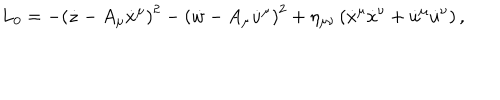
L _ { 0 } = - \left( \dot { z } - A _ { \mu } \dot { x } ^ { \mu } \right) ^ { 2 } - \left( \dot { w } - A _ { \mu } \dot { u } ^ { \mu } \right) ^ { 2 } + \eta _ { \mu \nu } \left( \dot { x } ^ { \mu } \dot { x } ^ { \nu } + \dot { u } ^ { \mu } \dot { u } ^ { \nu } \right) ,